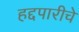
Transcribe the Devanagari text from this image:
हद्दपारीचे